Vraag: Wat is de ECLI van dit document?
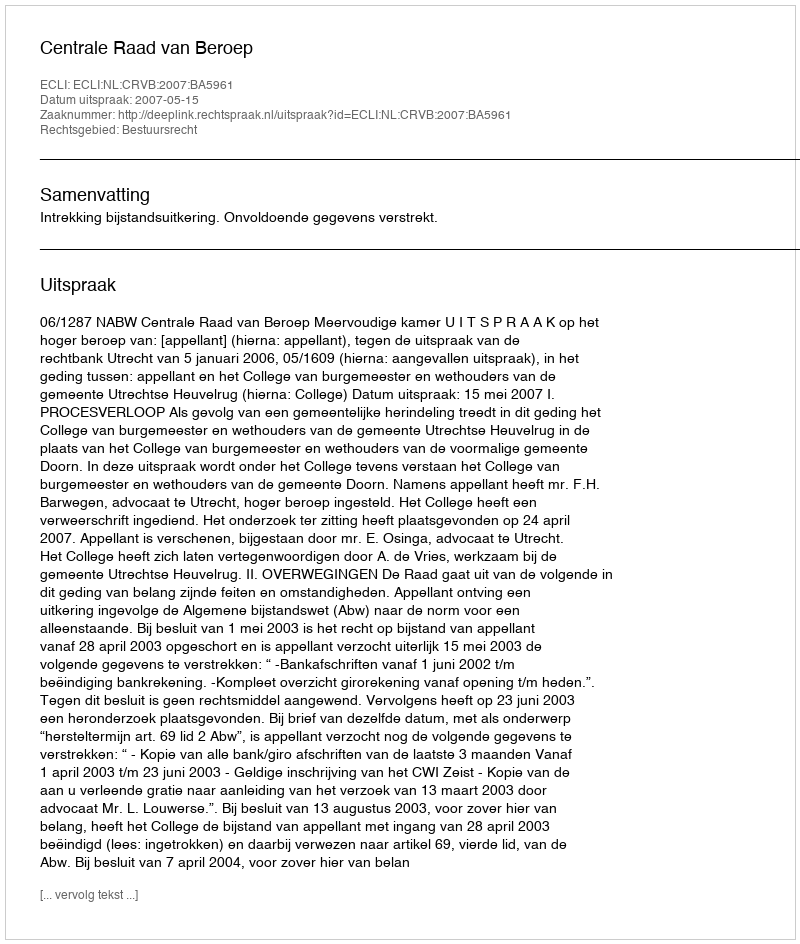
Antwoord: ECLI:NL:CRVB:2007:BA5961